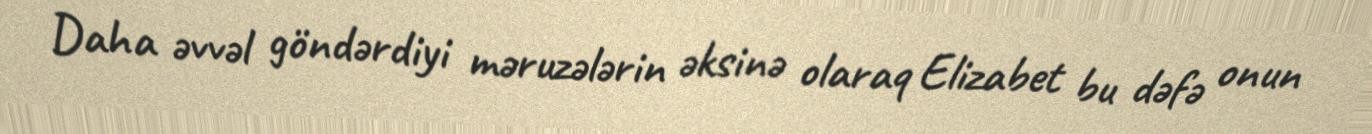
Daha əvvəl göndərdiyi məruzələrin əksinə olaraq Elizabet bu dəfə onun